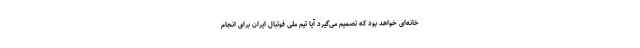
خانه‌ای خواهد بود که تصمیم می‌گیرد آیا تیم ملی فوتبال ایران برای انجام